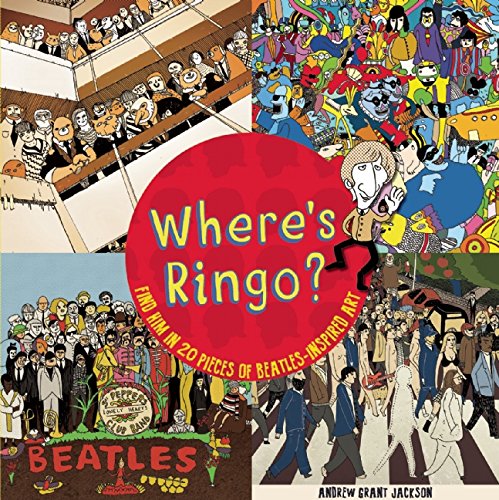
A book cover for Where's Ringo?: Find Him in 20 Pieces of Beatles-Inspired Art; Andrew Grant Jackson; Humor & Entertainment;